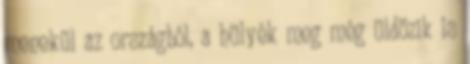
menekül az országból, a hülyék meg még üldözik is